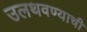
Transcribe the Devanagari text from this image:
उलथवण्याची